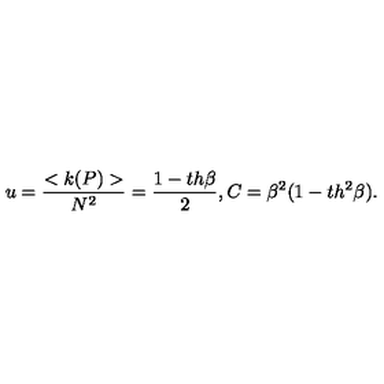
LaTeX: u = \frac { < k ( P ) > } { N ^ { 2 } } = \frac { 1 - t h \beta } { 2 } , C = \beta ^ { 2 } ( 1 - t h ^ { 2 } \beta ) .